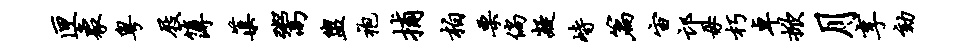
匣象粤屐簿蕖鬻盥袍捕柏栗倘凝峙篇宙邙毋朽卓掀月享劾